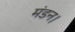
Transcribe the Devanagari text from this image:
मंडन।